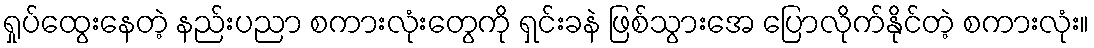
ရှုပ်ထွေးနေတဲ့ နည်းပညာ စကားလုံးတွေကို ရှင်းခနဲ ဖြစ်သွားအေ ပြောလိုက်နိုင်တဲ့ စကားလုံး။